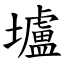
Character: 壚